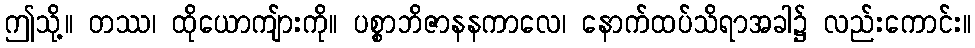
ဤသို့။ တဿ၊ ထိုယောကျ်ားကို။ ပစ္စာဘိဇာနနကာလေ၊ နောက်ထပ်သိရာအခါ၌ လည်းကောင်း။